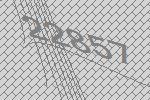
22857